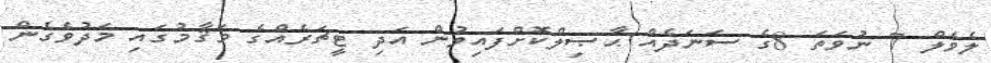
ލެވެލް 7 ނުވަތަ 8ގެ ސަނަދެއް ޙާޞިލްކޮށްފައިވުން އަދި ޓީޗަރެއްގެ މަޤާމުގައި މަދުވެގެން